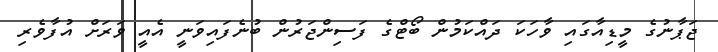
ޖަޕާނުގެ މީޑިއާގައި ވާހަކަ ދައްކަމުން ބޯޓްގެ ފަސިންޖަރުން ބުނެފައިވަނީ އެއީ ވަރަށް އުފާވެރި